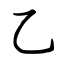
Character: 乙